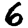
Digit: 6